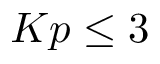
K p \le 3